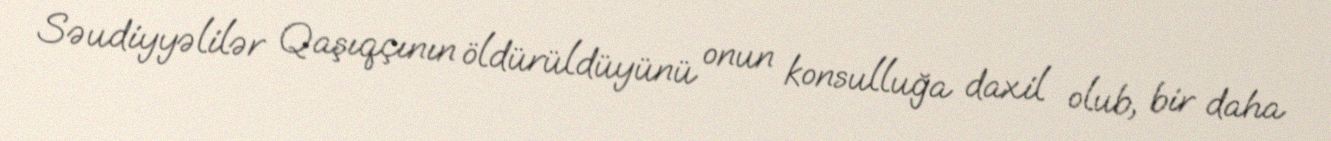
Səudiyyəlilər Qaşıqçının öldürüldüyünü onun konsulluğa daxil olub, bir daha